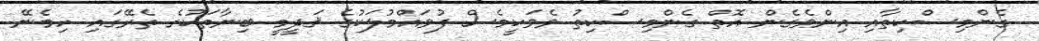
ގެންމިސްކިތާއި އިންވެގެން އޮތް ގެންމިސްކިތު ވެވަކީމެސް ފުވައްމުލަކުގެ ޤަދީމީ ބިނާތަކުގެ ތެރޭގައި ހިމެނޭ